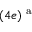
( 4 e ) ^ { \mathrm { ~ a ~ } }